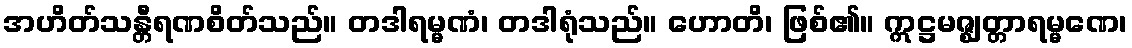
အဟိတ်သန္တီရဏစိတ်သည်။ တဒါရမ္မဏံ၊ တဒါရုံသည်။ ဟောတိ၊ ဖြစ်၏။ ဣဋ္ဌမဇ္ဈတ္တာရမ္မဏေ၊